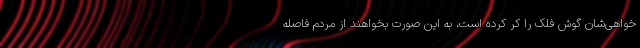
خواهی‌شان گوش فلک را کر کرده است، به این صورت بخواهند از مردم فاصله